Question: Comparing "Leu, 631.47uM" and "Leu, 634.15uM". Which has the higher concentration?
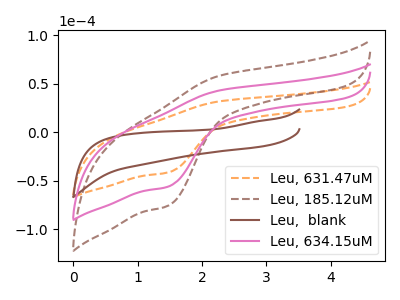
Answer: <think>The orange dashed curve "Leu, 631.47uM" has an anodic peak at (2.25V, 31.80uA) and a cathodic peak at (1.50V, -41.35uA). The brown dashed curve "Leu, 185.12uM" has an anodic peak at (2.25V, 86.00uA) and a cathodic peak at (1.50V, -111.85uA). The brown curve "Leu,  blank" has no peaks. The pink curve "Leu, 634.15uM" has an anodic peak at (2.25V, 43.00uA) and a cathodic peak at (1.50V, -55.90uA).
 All the peaks in "Leu, 631.47uM" have a peak in "Leu, 634.15uM" at the same potential. Every peak in "Leu, 631.47uM" is lower than every peak in "Leu, 634.15uM".</think>
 <answer>"Leu, 631.47uM" has less signal than "Leu, 634.15uM" and so likely has a lower concentration.</answer>
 <eval>less_concentration</eval>